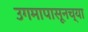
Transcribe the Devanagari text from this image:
उगमापासूनच्या